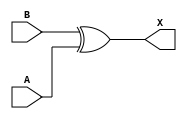
module sky130_fd_sc_ms__xor2_3 (
    X,
    A,
    B
);
    output X;
    input  A;
    input  B;
    wire xor0_out_X;
    xor xor0 (xor0_out_X, B, A           );
    buf buf0 (X         , xor0_out_X     );
endmodule